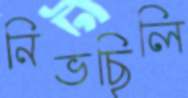
নিভছিলি